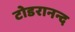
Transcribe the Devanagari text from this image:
टोडरानन्द